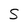
Character: T